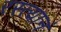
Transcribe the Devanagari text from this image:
रस्त्यानं